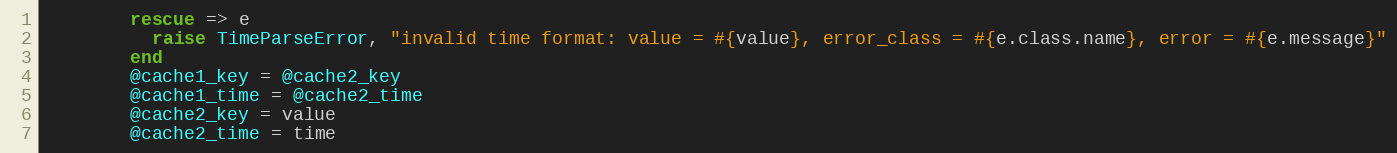
Language: Ruby
        rescue => e
          raise TimeParseError, "invalid time format: value = #{value}, error_class = #{e.class.name}, error = #{e.message}"
        end
        @cache1_key = @cache2_key
        @cache1_time = @cache2_time
        @cache2_key = value
        @cache2_time = time